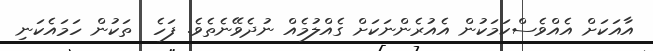
އާއަކަށް އެއްވެސްކަމަކުން އެއުރެންނަކަށް ގެއްލުމެއް ނުދެވޭނެތެވެ. ފަހެ  ތަކުން ހަމައެކަނި